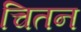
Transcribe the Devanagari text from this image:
चितन